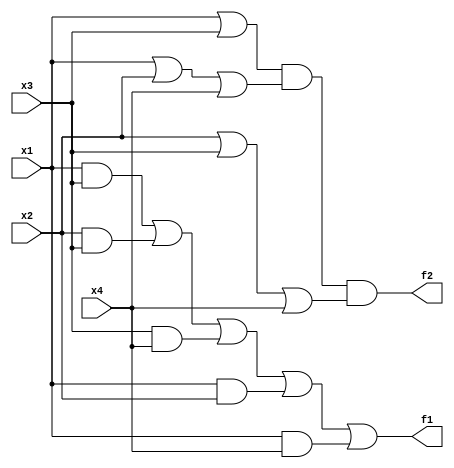
module prog3(x1, x2, x3, x4, f1, f2);
input x1, x2, x3, x4;
output f1, f2;
assign f1 = (x1&x3)|(x2&x3)|(x3&x4)|(x1&x2)|(x1&x4);
assign f2 = (x1|x3)&(x1|x2|x4)&(x2|x3|x4);
endmodule